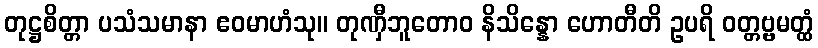
တုဋ္ဌစိတ္တာ ပသံသမာနာ ဧဝမာဟံသု။ တုဏှီဘူတောဝ နိသိန္နော ဟောတီတိ ဥပရိ ဝတ္တဗ္ဗမတ္ထံ